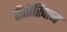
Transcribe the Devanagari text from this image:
रीतीरिवाज